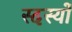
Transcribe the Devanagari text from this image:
स्दस्यों